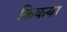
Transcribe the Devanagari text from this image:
किकया